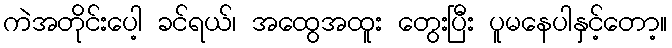
ကဲအတိုင်းပေါ့ ခင်ရယ်၊ အထွေအထူး တွေးပြီး ပူမနေပါနှင့်တော့။